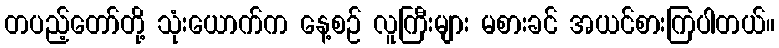
တပည့်တော်တို့ သုံးယောက်က နေ့စဉ် လူကြီးများ မစားခင် အယင်စားကြပါတယ်။